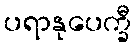
ပရာနုပေက္ခီ